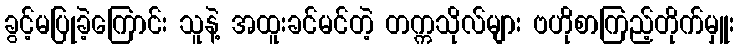
ခွင့်မပြုခဲ့ကြောင်း သူနဲ့ အထူးခင်မင်တဲ့ တက္ကသိုလ်များ ဗဟိုစာကြည့်တိုက်မှူး